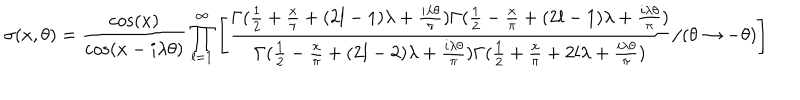
\sigma ( x , \theta ) = \frac { \cos ( x ) } { \cos ( x - i \lambda \theta ) } \prod _ { l = 1 } ^ { \infty } \left[ \frac { \Gamma ( \frac { 1 } { 2 } + \frac { x } { \pi } + ( 2 l - 1 ) \lambda + \frac { i \lambda \theta } { \pi } ) \Gamma ( \frac { 1 } { 2 } - \frac { x } { \pi } + ( 2 l - 1 ) \lambda + \frac { i \lambda \theta } { \pi } ) } { \Gamma ( \frac { 1 } { 2 } - \frac { x } { \pi } + ( 2 l - 2 ) \lambda + \frac { i \lambda \theta } { \pi } ) \Gamma ( \frac { 1 } { 2 } + \frac { x } { \pi } + 2 l \lambda + \frac { i \lambda \theta } { \pi } ) } / ( \theta \to - \theta ) \right]